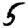
Digit: 5